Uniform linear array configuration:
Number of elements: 48
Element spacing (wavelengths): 0.5
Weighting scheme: exponential
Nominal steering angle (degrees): -45
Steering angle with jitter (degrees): -43.365
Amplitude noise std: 0.05
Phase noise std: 0.05

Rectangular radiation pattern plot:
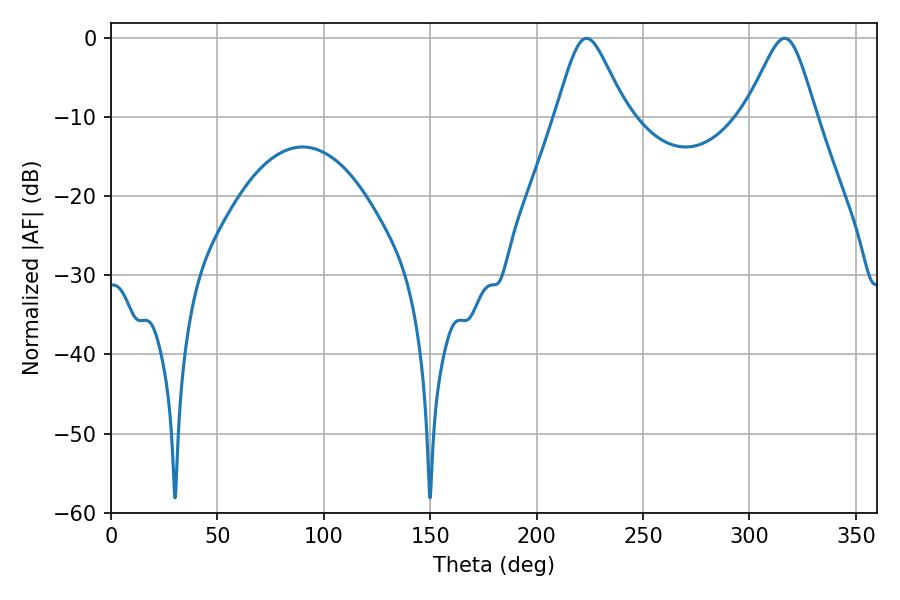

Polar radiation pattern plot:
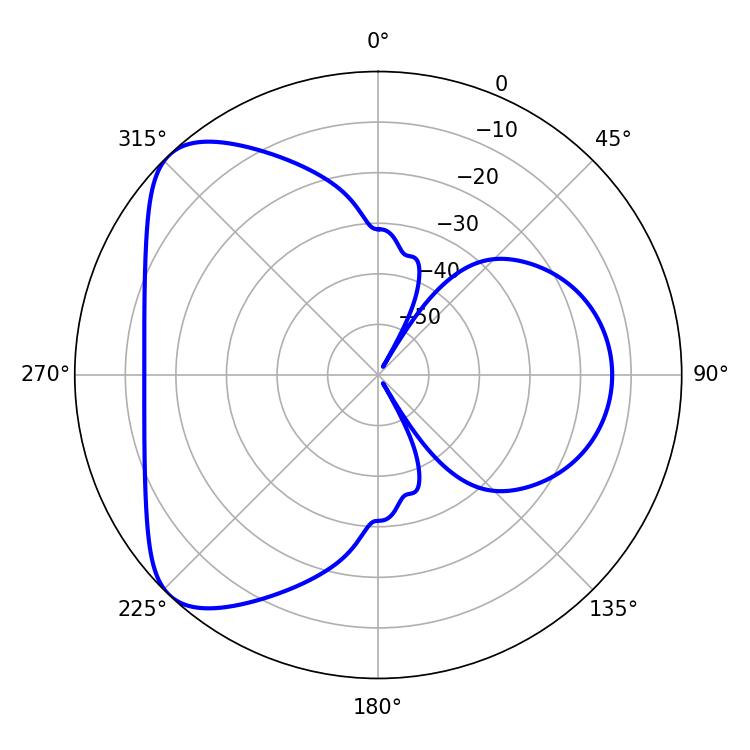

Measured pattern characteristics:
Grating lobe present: FALSE
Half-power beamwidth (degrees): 16.02
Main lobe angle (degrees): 223.38